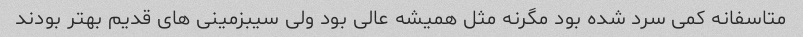
متاسفانه کمى سرد شده بود مگرنه مثل همیشه عالى بود ولى سیبزمینى هاى قدیم بهتر بودند